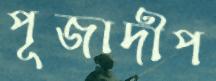
পূজাদীপ